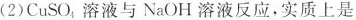
(2)CuSO_{4}溶液与NaOH溶液反应，实质上是